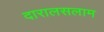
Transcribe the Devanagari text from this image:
दारालसलाम